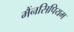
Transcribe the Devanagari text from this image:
मैंनसिपियम